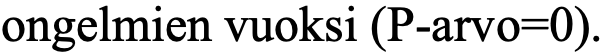
ongelmien vuoksi (P-arvo=0).